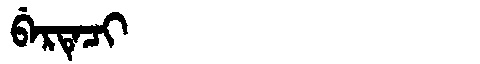
Manchu: ᠪᡝᡵᡨᡝᠴᡳ
Romanization: BERTECI